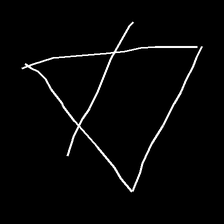
Glyph: empower